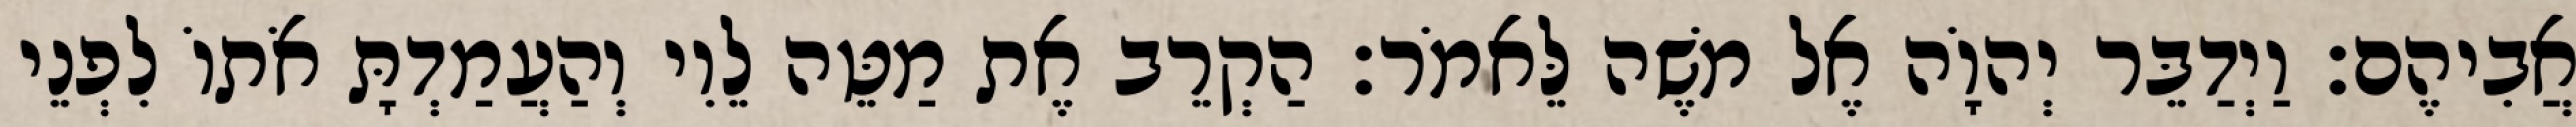
אֲבִיהֶם׃ וַיְדַבֵּר יְהוָֹה אֶל משֶׁה לֵּאמֹר׃ הַקְרֵב אֶת מַטֵּה לֵוִי וְהַעֲמַדְתָּ אֹתוֹ לִפְנֵי